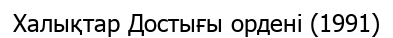
Халықтар Достығы ордені (1991)